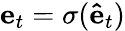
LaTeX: \mathbf{e}_{t}=\sigma(\mathbf{\hat{e}}_{t})